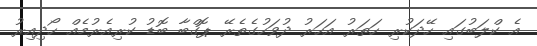
އެ ކްލަބުގައި ހޭދަކުރި ހަތަރު އަހަރު ދުވަހުގެތެރޭ ޕޮގްބާ ބޮޑު ކުރިއެރުމެއް ހޯދިއިރު